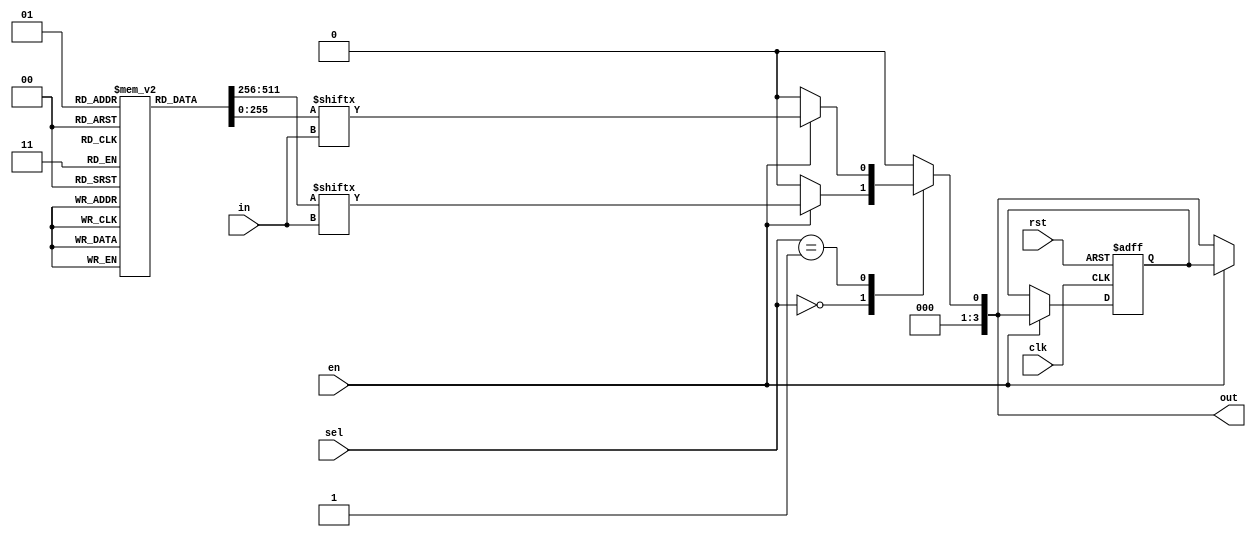
module CLB (
    input wire [N-1:0] in,            // N input signals
    input wire [M-1:0] sel,           // M selector signals for multiplexing
    input wire clk,                    // Clock signal for flip-flops
    input wire rst,                    // Reset signal
    input wire en,                     // Enable signal for the block
    output wire [P-1:0] out           // P output signals
);
    parameter N = 8;                  // Number of inputs (modify as needed)
    parameter M = 2;                  // Number of LUTs
    parameter P = 4;                  // Number of outputs

    // LUTs definitions
    reg [2**N-1:0] lut [M-1:0];       // LUTs implementation (example for M LUTs)
    reg [P-1:0] lut_out;              // Intermediate outputs from LUTs
    reg [P-1:0] reg_out;              // Registered outputs from flip-flops

    // Initialize LUTs with example truth tables
    initial begin
        lut[0] = 8'b11001100; // Example truth table for LUT 0
        lut[1] = 8'b10101010; // Example truth table for LUT 1
        // Extend as needed for more LUTs
    end

    // Generate LUT outputs based on inputs
    always @(*) begin
        if (en) begin
            lut_out[0] = lut[0][in]; // Output from LUT 0
            lut_out[1] = lut[1][in]; // Output from LUT 1
            // Extend for more LUTs
        end else begin
            lut_out = {P{1'b0}}; // If not enabled, output zero
        end
    end

    // Multiplexing logic to select final outputs
    always @(*) begin
        case (sel)
            2'b00: out = lut_out[0]; // Select output from LUT 0
            2'b01: out = lut_out[1]; // Select output from LUT 1
            // Add more cases as per the number of outputs
            default: out = {P{1'b0}}; // Default case
        endcase
    end

    // Flip-Flop logic for registered output
    always @(posedge clk or posedge rst) begin
        if (rst) begin
            reg_out <= {P{1'b0}}; // Reset registered outputs
        end else if (en) begin
            reg_out <= out;      // Update on clock edge
        end
    end

    // Final output as either direct or registered based on a control signal
    assign out = en ? reg_out : out;

endmodule